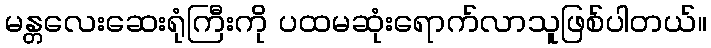
မန္တလေးဆေးရုံကြီးကို ပထမဆုံးရောက်လာသူဖြစ်ပါတယ်။